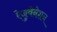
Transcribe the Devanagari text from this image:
रेजुवेनेशन